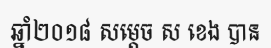
ឆ្នាំ២០១៨ សម្តេច ស ខេង បាន